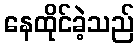
နေထိုင်ခဲ့သည်